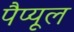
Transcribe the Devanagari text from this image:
पैप्यूल